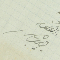
نظر 		القائمقام	حبيب سلوم